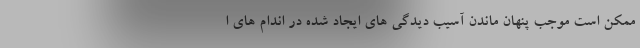
ممکن است موجب پنهان ماندن آسیب دیدگی های ایجاد شده در اندام های ا